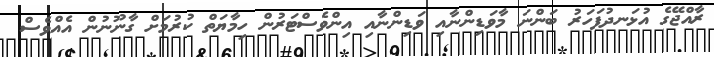
ރާއްޖޭގެ އުޅަނދުފަހަރު ބަންނަ މާވަޑިންނާއި ވަޑިންނާއި އިންވެސްޓަރުން ހިމާޔަތް ކުރުމަށް ގާނޫނުން އެއްވެސް